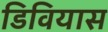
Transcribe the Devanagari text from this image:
डिवियास